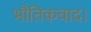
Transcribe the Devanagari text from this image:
भौतिकवाद।